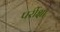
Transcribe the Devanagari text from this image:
पर्रीक्षा